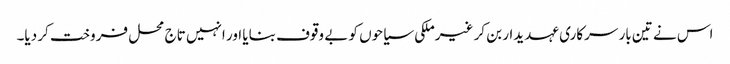
اس نے تین بار سرکاری عہدیدار بن کر غیرملکی سیاحوں کو بے وقوف بنایا اور انہیں تاج محل فروخت کر دیا۔